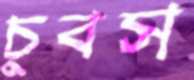
চুবস